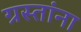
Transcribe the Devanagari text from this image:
ग्रस्तांना